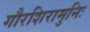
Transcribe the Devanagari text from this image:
गौरशिरामुनिः